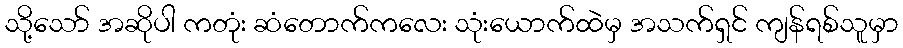
သို့သော် အဆိုပါ ကတုံး ဆံတောက်ကလေး သုံးယောက်ထဲမှ အသက်ရှင် ကျန်ရစ်သူမှာ